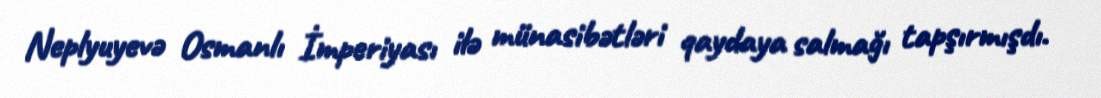
Neplyuyevə Osmanlı İmperiyası ilə münasibətləri qaydaya salmağı tapşırmışdı.